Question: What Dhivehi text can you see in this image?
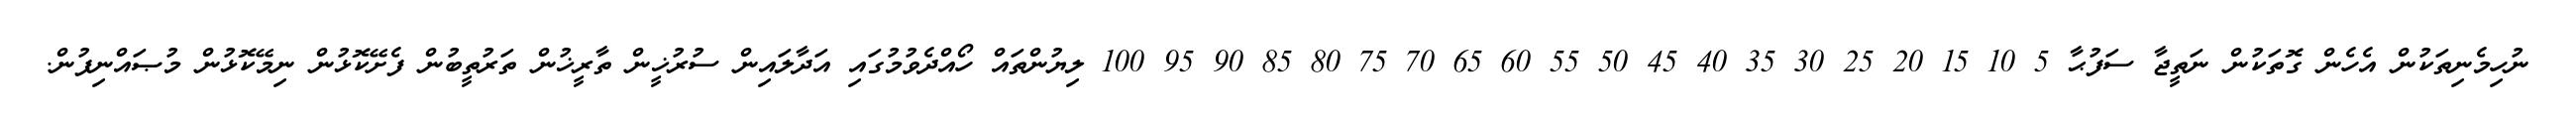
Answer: ނުހިމެނިތަކުން އެހެން ގޮތަކުން ނަތީޖާ ސަފުޙާ 5 10 15 20 25 30 35 40 45 50 55 60 65 70 75 80 85 90 95 100 ލިޔުންތައް ހޯއްދެވުމުގައި އަދާލައިން ސުރުޚީން ތާރީޚުން ތަރުތީބުން ފެށޭކޮޅުން ނިމޭކޮޅުން މުޞައްނިފުން.